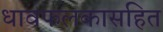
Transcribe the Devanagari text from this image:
धावफलकासहित